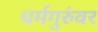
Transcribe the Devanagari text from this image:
धर्मगुरुंवर